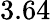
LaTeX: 3.64